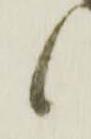
候